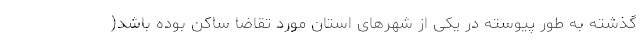
گذشته به طور پیوسته در یکی از شهرهای استان مورد تقاضا ساکن بوده باشد(